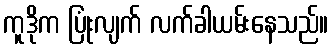
ကူဒိုက ပြုံးလျက် လက်ခါယမ်းနေသည်။